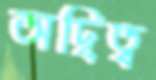
অদ্বিত্ব